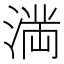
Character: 𭱩